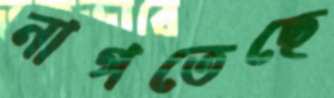
নাগতেছে